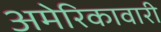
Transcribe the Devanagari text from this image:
अमेरिकावारी